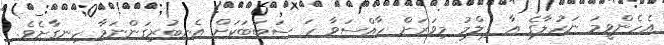
އެހެންވީމަ ނަހުލާގެ އާ ފިލްމު މިވަރަށް ހާއްސަވާ ހަ ސަބަބަކަށް އެނބުރިގަންނަމާ ހިނގާށެވެ.